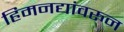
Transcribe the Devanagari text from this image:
हिमनद्यांवरुन